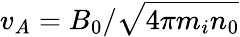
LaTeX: v_{A}=B_{0}/\sqrt{4\pi m_{i}n_{0}}